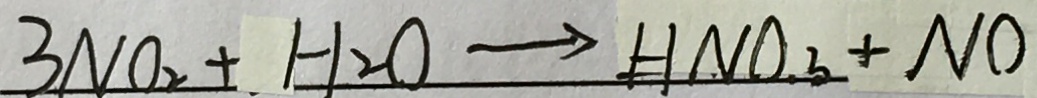
3 N O _ { 2 } + H _ { 2 } O \rightarrow H N O _ { 3 } + N O